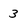
Character: 3